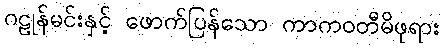
ဂဠုန်မင်းနှင့် ဖောက်ပြန်သော ကာကဝတီမိဖုရား